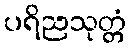
ပရိညသုတ္တံ